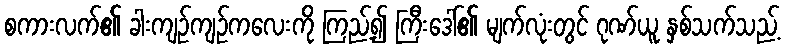
စကားလက်၏ ခါးကျဉ်ကျဉ်ကလေးကို ကြည့်၍ ကြီးဒေါ်၏ မျက်လုံးတွင် ဂုဏ်ယူ နှစ်သက်သည့်